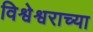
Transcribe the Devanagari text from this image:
विश्वेश्वराच्या